65_HS1-834228961_62-HQ-83894_Section_9
Agency: FBI
Page 242
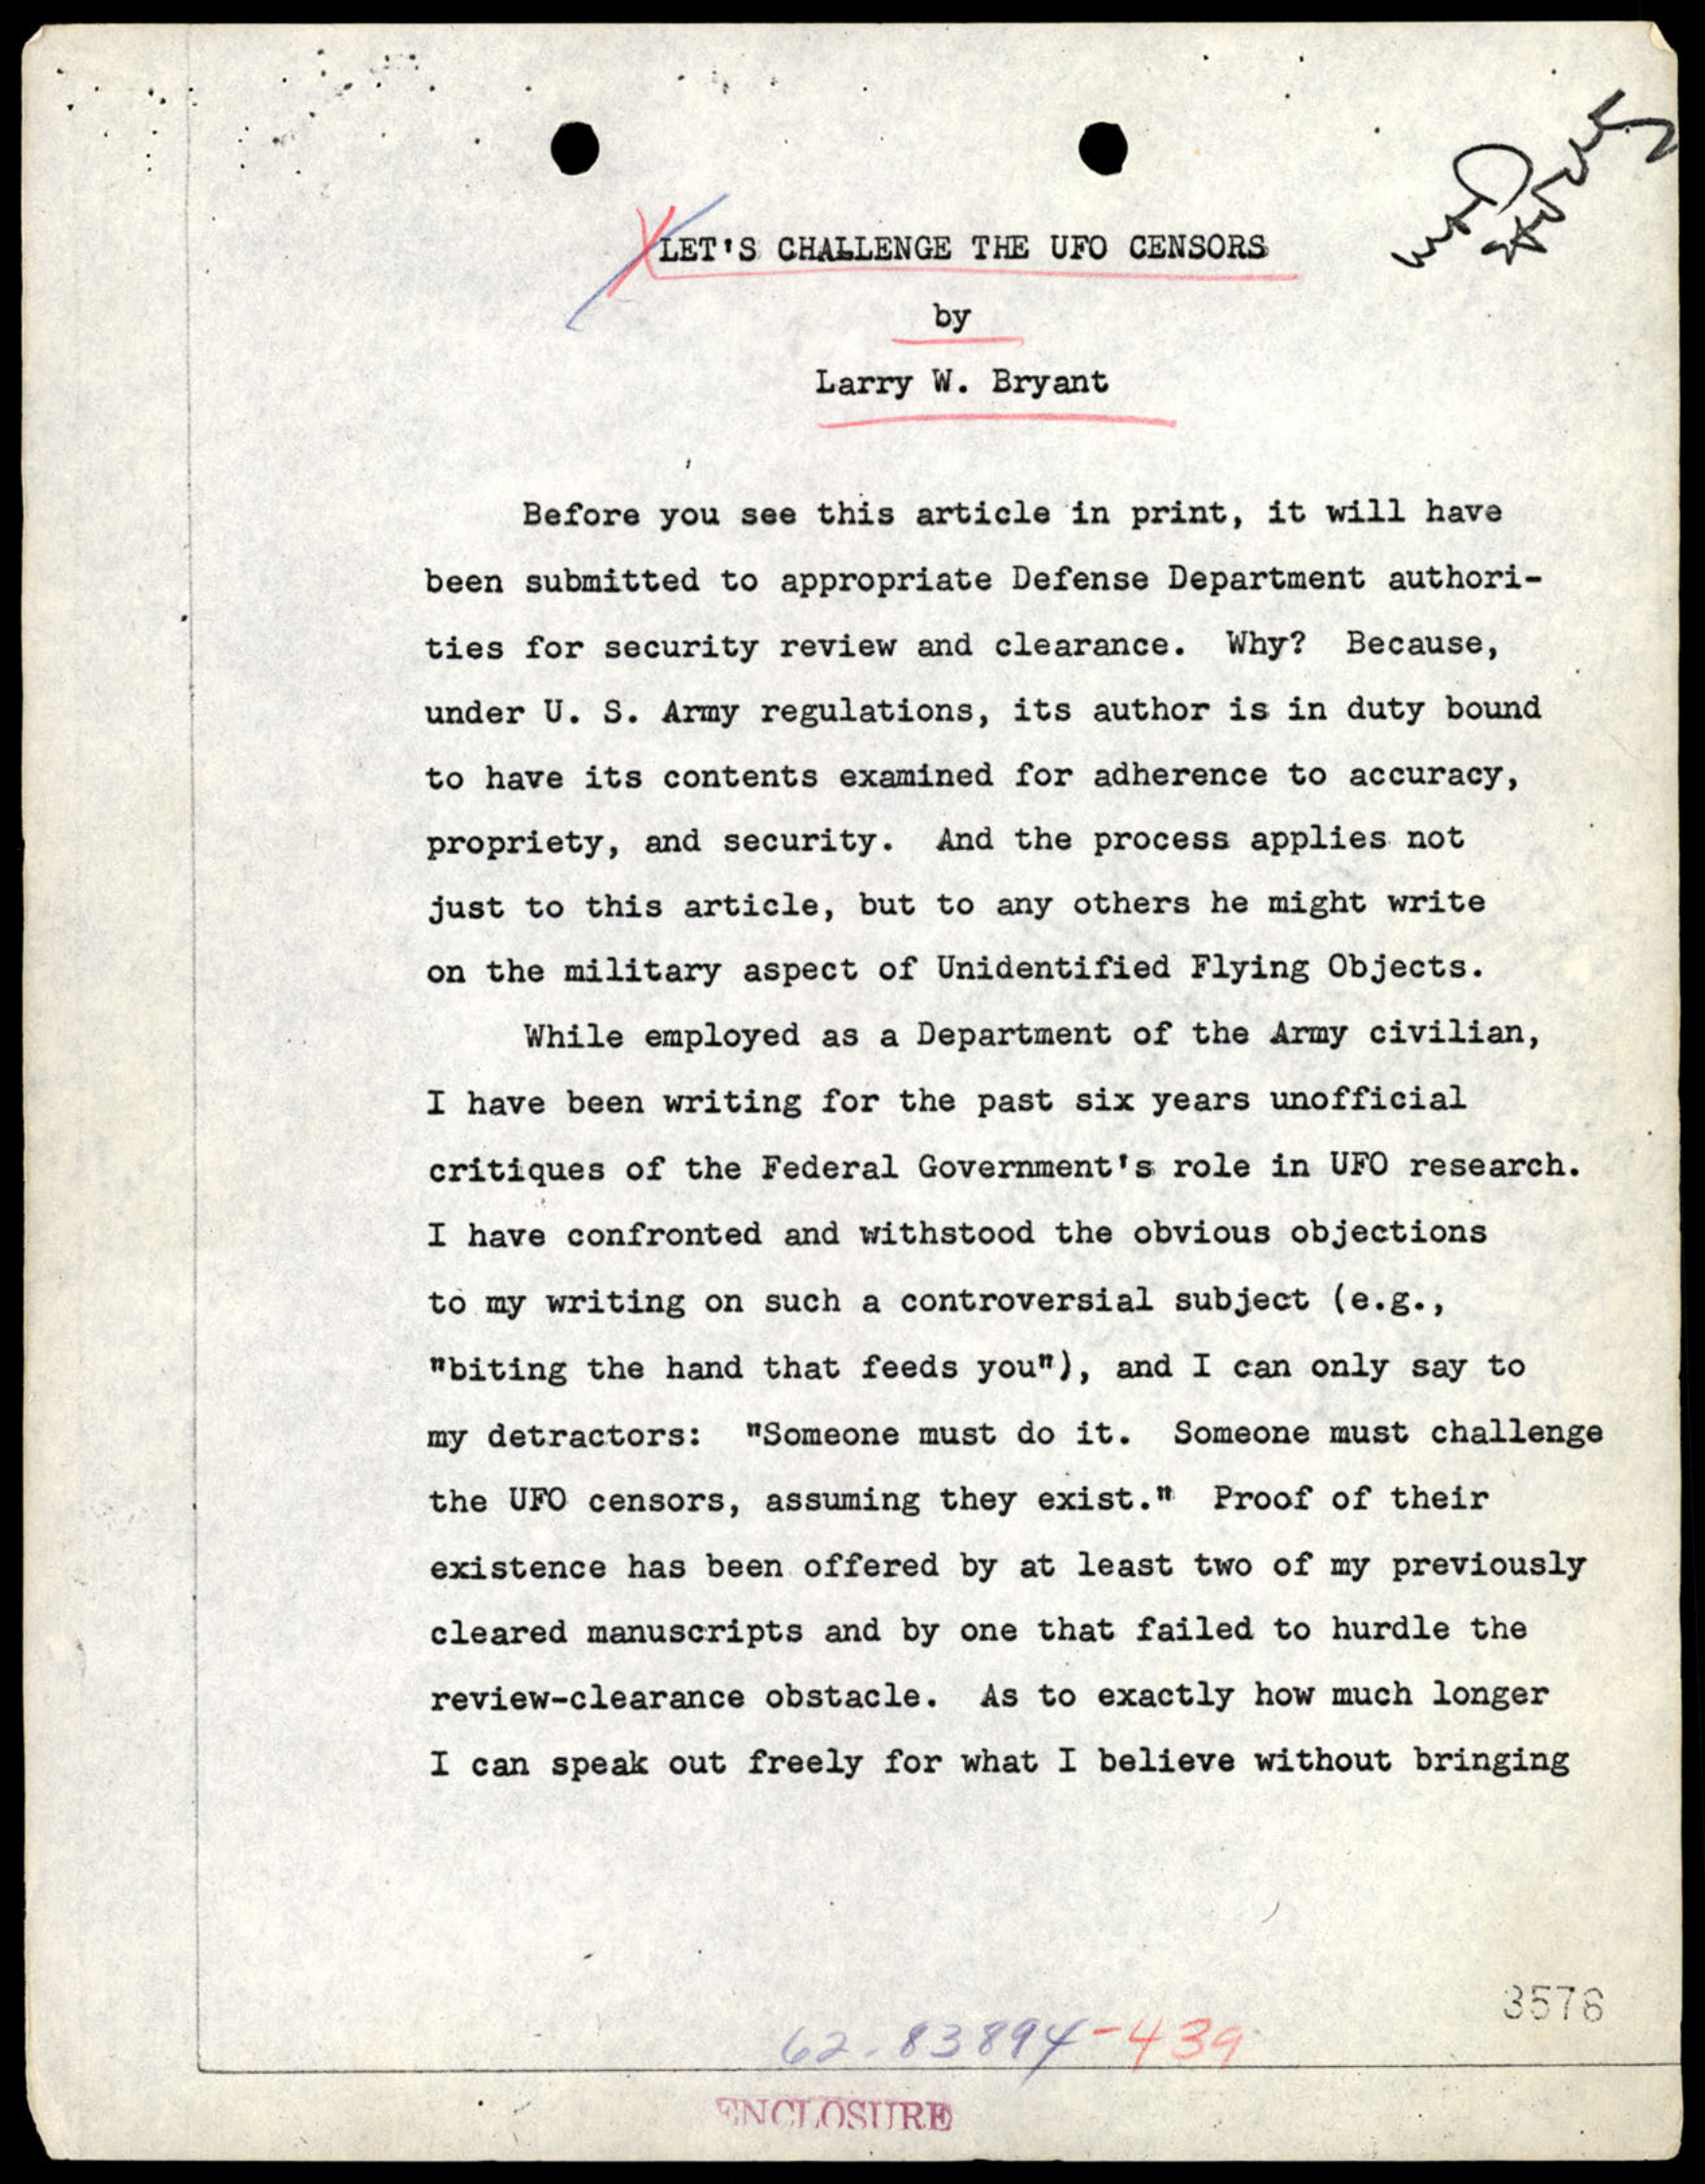